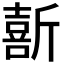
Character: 𫿽